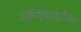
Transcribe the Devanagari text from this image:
अलेक्झांड्रीयात